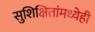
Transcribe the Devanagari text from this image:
सुशिक्षितांमध्येही